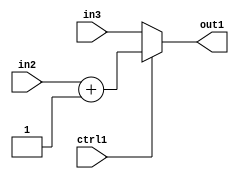
`timescale 1ps / 1ps
/*****************************************************************************
    Verilog RTL Description
    
    
    Created by: Stratus DpOpt 2019.1.01 
*******************************************************************************/

module feature_write_addr_gen_MuxAdd2i1u32u32u1_4_2 (
	in3,
	in2,
	ctrl1,
	out1
	); /* architecture "behavioural" */ 
input [31:0] in3,
	in2;
input  ctrl1;
output [31:0] out1;
wire [31:0] asc001,
	asc002;

assign asc002 = 
	+(in2)
	+(32'B00000000000000000000000000000001);

reg [31:0] asc001_tmp_0;
assign asc001 = asc001_tmp_0;
always @ (ctrl1 or asc002 or in3) begin
	case (ctrl1)
		1'B1 : asc001_tmp_0 = asc002 ;
		default : asc001_tmp_0 = in3 ;
	endcase
end

assign out1 = asc001;
endmodule

/* CADENCE  v7n0Sgk= : u9/ySgnWtBlWxVPRXgAZ4Og= ** DO NOT EDIT THIS LINE ******/